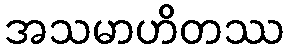
အသမာဟိတဿ